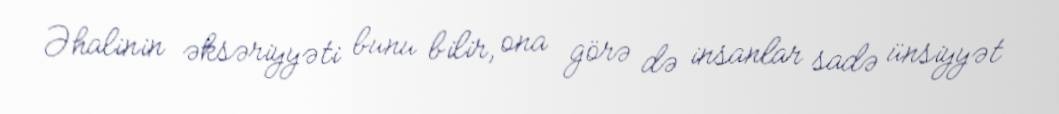
Əhalinin əksəriyyəti bunu bilir, ona görə də insanlar sadə ünsiyyət